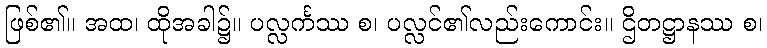
ဖြစ်၏။ အထ၊ ထိုအခါ၌။ ပလ္လင်္ကဿ စ၊ ပလ္လင်၏လည်းကောင်း။ ဌိတဋ္ဌာနဿ စ၊